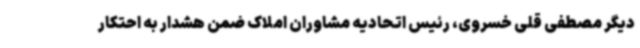
دیگر مصطفی قلی خسروی، رئیس اتحادیه مشاوران املاک ضمن هشدار به احتکار